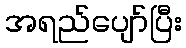
အရည်ပျော်ပြီး